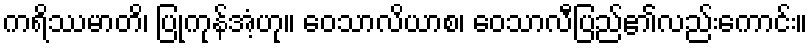
ကရိဿမာတိ၊ ပြုကုန်အံ့ဟု။ ဝေသာလိယာစ၊ ဝေသာလီပြည်၏လည်းကောင်း။